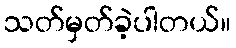
သတ်မှတ်ခဲ့ပါတယ်။